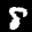
Label: 8